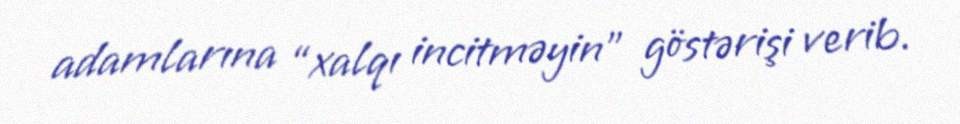
adamlarına “xalqı incitməyin” göstərişi verib.